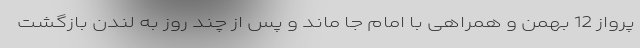
پرواز 12 بهمن و همراهی با امام جا ماند و پس از چند روز به لندن بازگشت